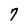
Character: 7